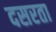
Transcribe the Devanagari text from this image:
दसरता